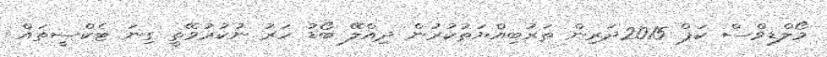
މޯލްޑިވްސް ކަޕް 2015ދަރިން ތަރުބިއްޔަތުކުރުން ދިއްލޭ ބޯޑު ހަރު ނުކުރުވޭތީ ގިނަ ޓެކްސީތައް